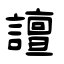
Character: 譠